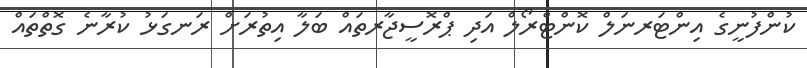
ކުންފުނީގެ އިންޓަރނަލް ކޮންޓްރޯލް އަދި ޕްރޮސީޖާރތައް ބަލާ އިތުރަށް ރަނގަޅު ކުރާނެ ގޮތްތައް